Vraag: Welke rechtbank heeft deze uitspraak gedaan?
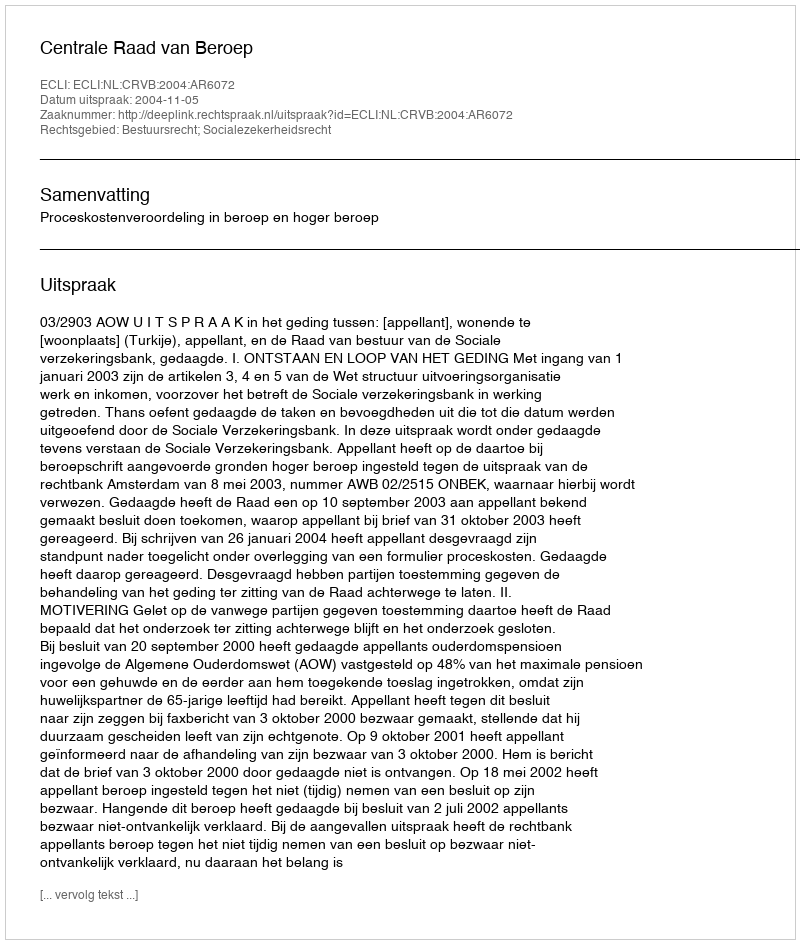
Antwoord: Centrale Raad van Beroep